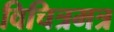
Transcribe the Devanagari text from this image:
विचित्रमत्र